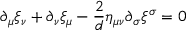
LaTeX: \partial _ { \mu } \xi _ { \nu } + \partial _ { \nu } \xi _ { \mu } - \frac { 2 } { d } \eta _ { \mu \nu } \partial _ { \sigma } \xi ^ { \sigma } = 0